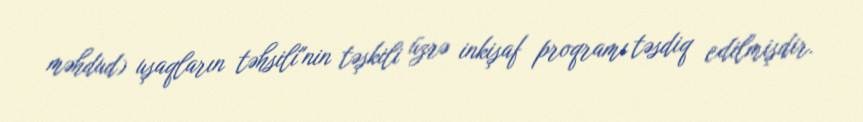
məhdud) uşaqların təhsili"nin təşkili üzrə inkişaf proqramı təsdiq edilmişdir.